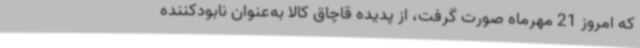
که امروز 21 مهرماه صورت گرفت، از پدیده قاچاق کالا به‌عنوان نابودکننده